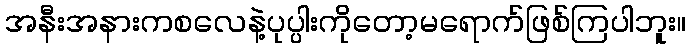
အနီးအနားကစလေနဲ့ပုပ္ပါးကိုတော့မရောက်ဖြစ်ကြပါဘူး။